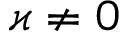
\varkappa \neq 0